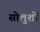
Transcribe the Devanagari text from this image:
सोलुशों